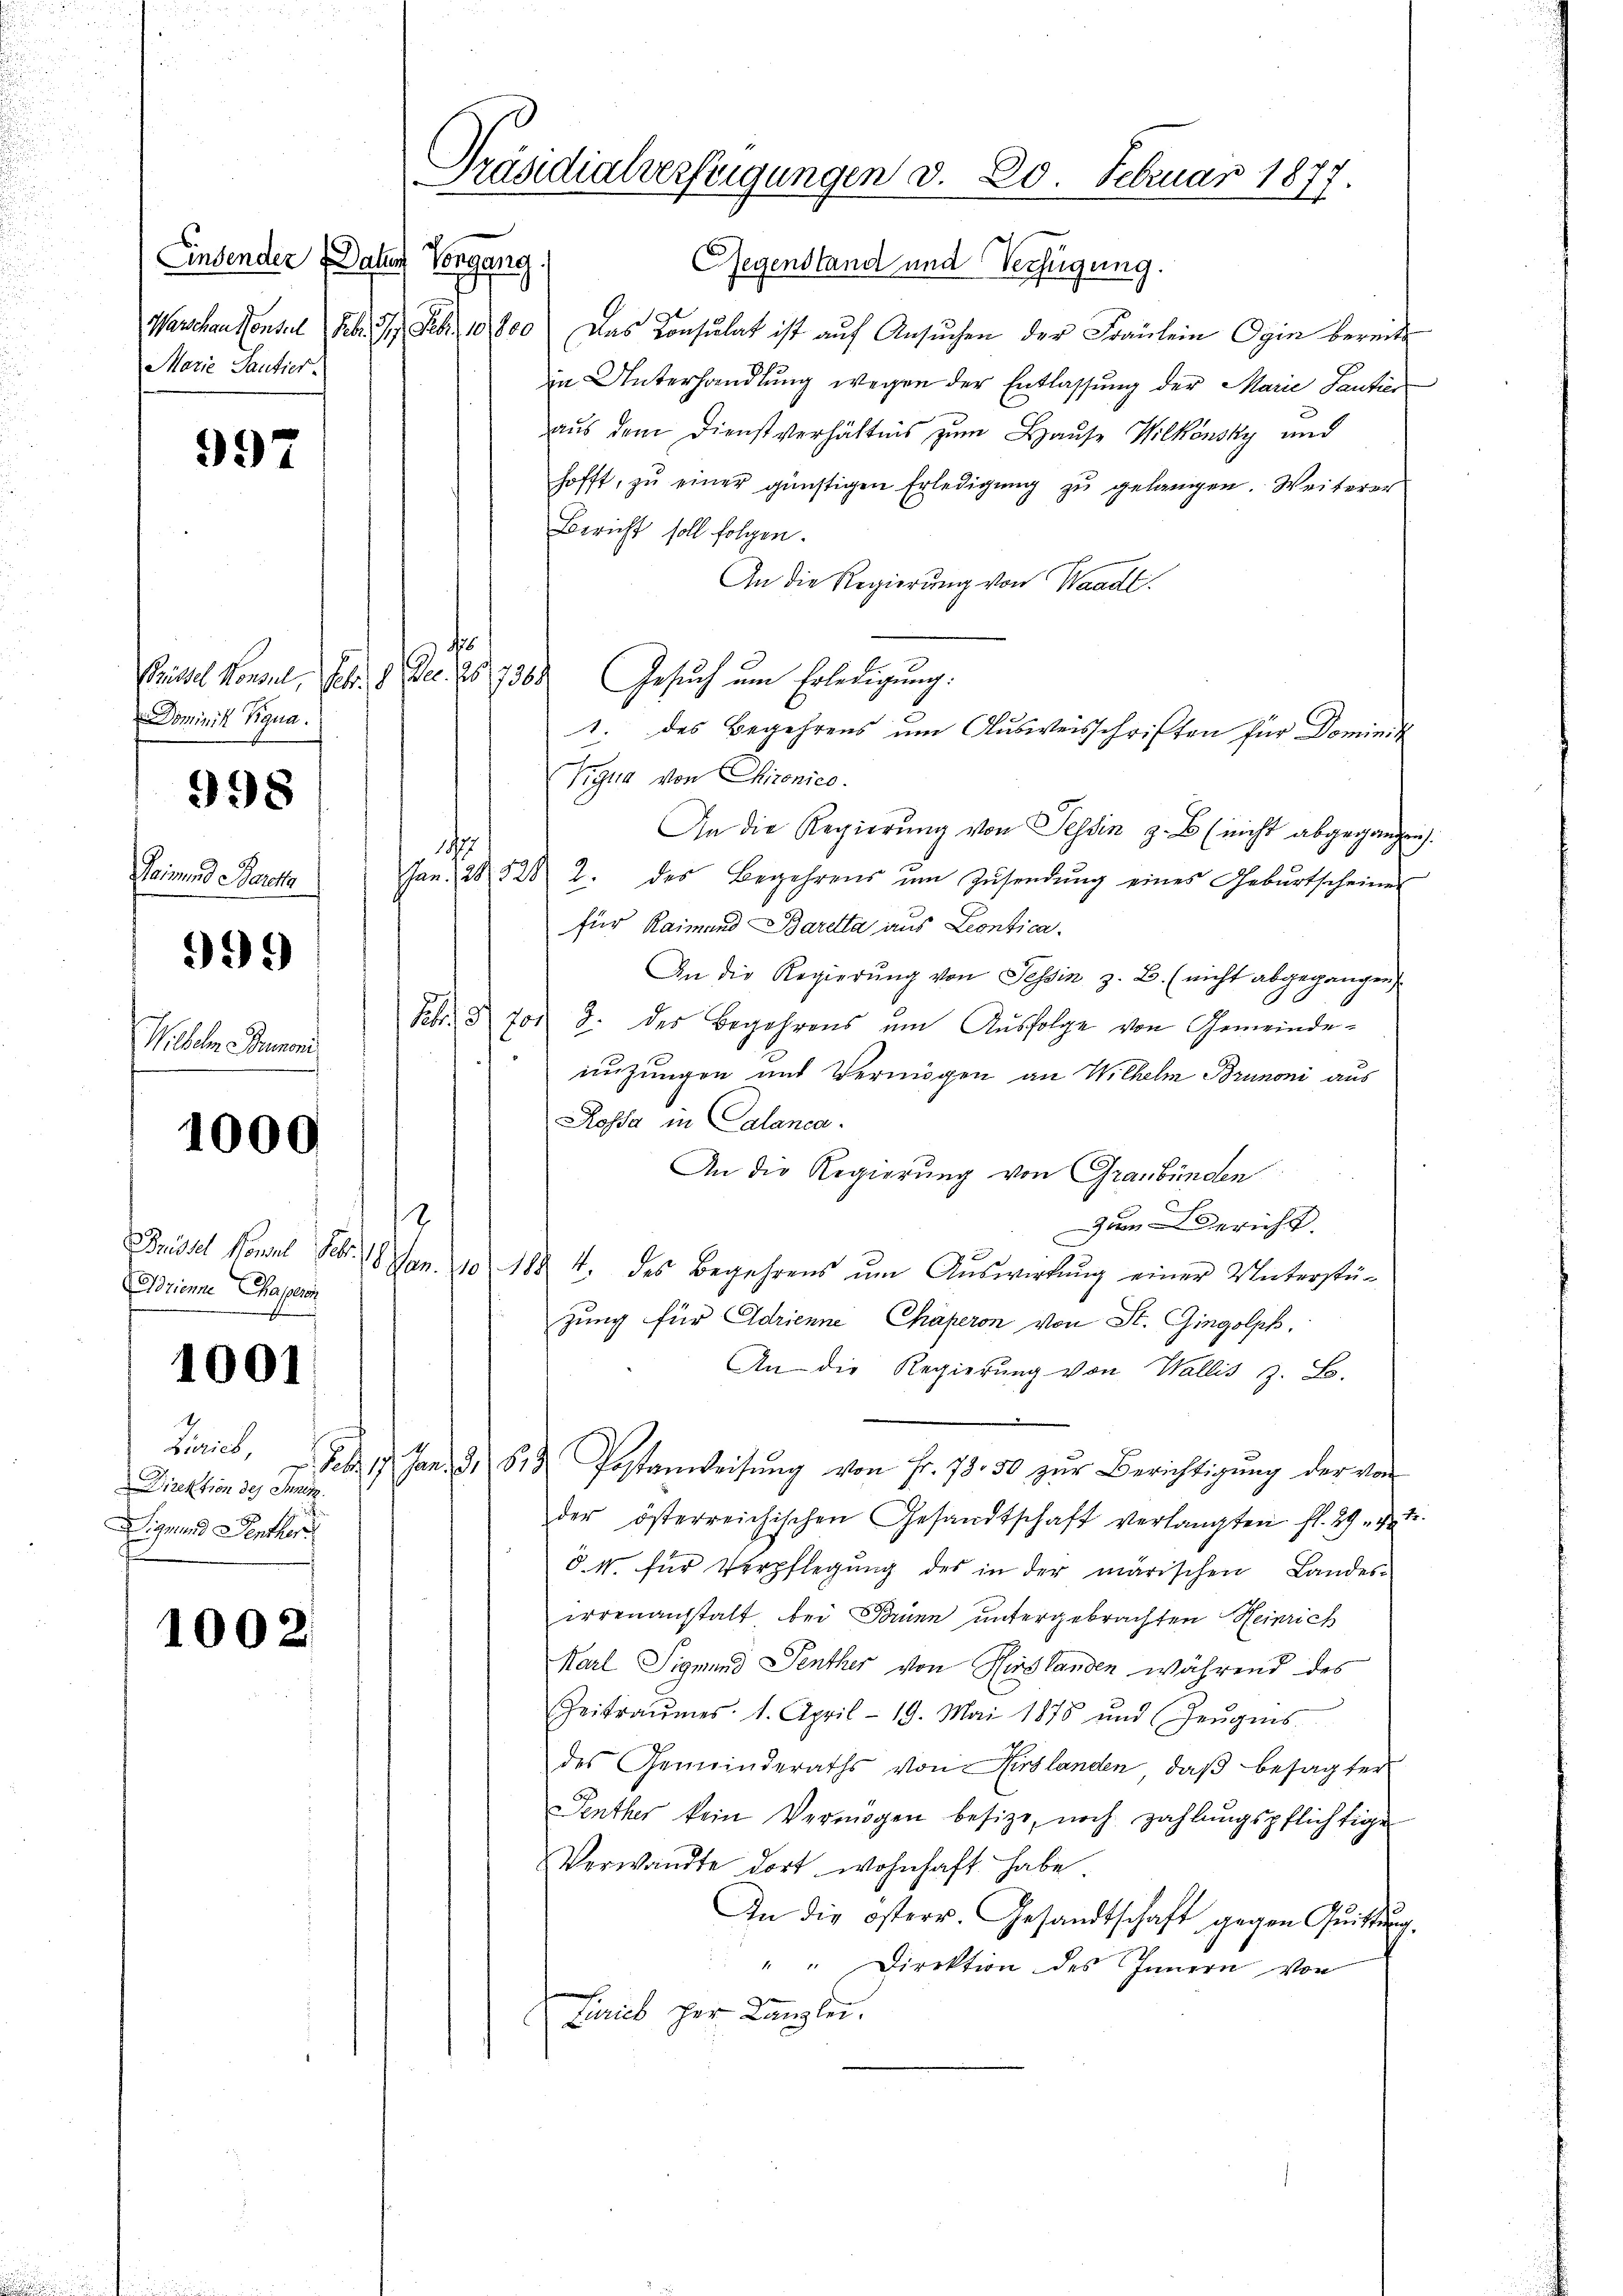
Einsender Datten
Vorgang
Marie Tantier.

997

Dominik Tigua

998

ind Pont
999
Wilhelm Bremoni

1000

Arienne Paperi

1001

Direktion des Sanitz.
Sigmund Sentker

1002.

Präsidialverfeigungen d. 20. Februar 1877.

Gegenstand und Verfügung.
Warschen konsul Febr. 17. Febr. 10,800 Das Consulat ist aŭf Ansŭchen der Fräulein Ogin bereits
in Unterhandlung wegen der Entlassung der Marie Tantier
aus dem Dienstverhältnis zum Hause Wilkonsky und
hofft, zŭ einer günstigen Erledigŭng zŭ gelangen. Weiterer
Bericht soll folgen.
An die Regierung von Waadt.
f
Prüssel Konsul, Febr. 1. Dec. 25. 368. Gesuch um Erledigung.
1. des Begehrens um Ausweisschriften für Dominik
Tigua von Chironico.
An die Regierŭng von Tessin z. B. (nicht abgegangen.
177
Jan. 28. 528 2. des Begehrens ŭm Zŭsendŭng eines Gebŭrtscheiner
für Raimund Baretta aus Leontica.
An die Regierung von Tessin z. B. (nicht abgegangen
Febr. d. 70. 8. des Begehrens um Ausfolge von Gemeinde-
nuzungen und Vermögen an Wilhelm Brunoni aus
Kossa in Calanca.
An die Regierung von Graubünden
1
Zum Gericht
Brüssel Honnel Febr. 18. Jan. 10. 188 4. des Begehrens ŭm Aŭswirkŭng einer Unterstü-
zung für Adrienne Chaperon von St. Gingolph,
An die Regierung von Wallis z. B.
Zirich, d. Jan. 3, S. Postanweisŭng von Fr. 78. 50 zŭr Berichtigŭng der von
der österreichischen Gesandtschaft verlangten fl. 29 n 1.
d. M. für Verpflegung des in der marischen Landes-
irrenanstalt, bei Brunn untergebrachten Heinrich
Marl Sigmund Penther von Hirslanden während des
Zeitraŭmes. 1. April - 19. Mai 1875 und Zeŭgens
des Gemeinderaths von Hirslanden, daß besagter
Penther kein Vermögen besize, noch zahlungspflichtige
Verwandte dort wohnhaft habe.
In die österr. Gesandtschaft gegen Quittung.
" " Direktion des Innern von
Ferieb her Kanzlei.